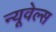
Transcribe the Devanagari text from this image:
न्यूवेल्स